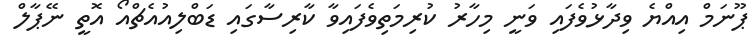
ޕޫނަމް އިއްޔެ ވިދާޅުވެފައި ވަނީ މިހާރު ކުރިމަތިވެފައިވާ ކާރިސާގައި ޑަބްލިއުއެޗްއޯ އޮތީ ނޭޕާލް